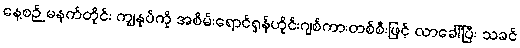
နေ့စဉ် မနက်တိုင်း ကျွနုပ်ကို အစိမ်းရောင်ရှန်ဟိုင်းဂျစ်ကားတစ်စီးဖြင့် လာခေါ်ပြီး သခင်